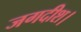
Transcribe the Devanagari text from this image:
जगदीश।